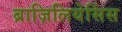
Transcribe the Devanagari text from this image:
ब्राज़िलियेसिंस